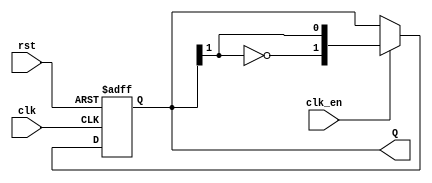
module JohnsonCounter #(parameter N = 2) (
    input wire clk,
    input wire rst,                // Asynchronous reset
    input wire clk_en,            // Clock enable
    output reg [N-1:0] Q          // Output register
);

// Internal signal to hold the inverted last flip-flop output
wire feedback;

assign feedback = ~Q[N-1];      // Invert the last flip-flop's output

always @(posedge clk or posedge rst) begin
    if (rst) begin
        Q <= {N{1'b0}};          // Reset all bits to 0
    end else if (clk_en) begin
        Q <= {feedback, Q[N-1:1]}; // Shift and feed inverted output of last flip-flop
    end
end

endmodule